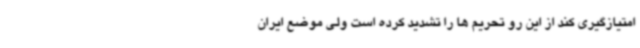
امتیازگیری کند از این رو تحریم ها را تشدید کرده است ولی موضع ایران